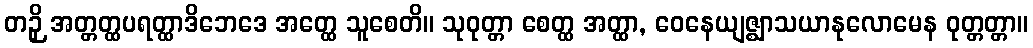
တဉှိ အတ္တတ္ထပရတ္ထာဒိဘေဒေ အတ္ထေ သူစေတိ။ သုဝုတ္တာ စေတ္ထ အတ္ထာ, ဝေနေယျဇ္ဈာသယာနုလောမေန ဝုတ္တတ္တာ။